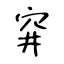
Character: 穽